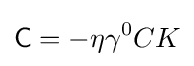
{\mathsf {C}}=-\eta \gamma ^{0}CK